Reports on dispensaries and lunatic asylums in the Province of Oudh - 1869-1876
Year: 1869
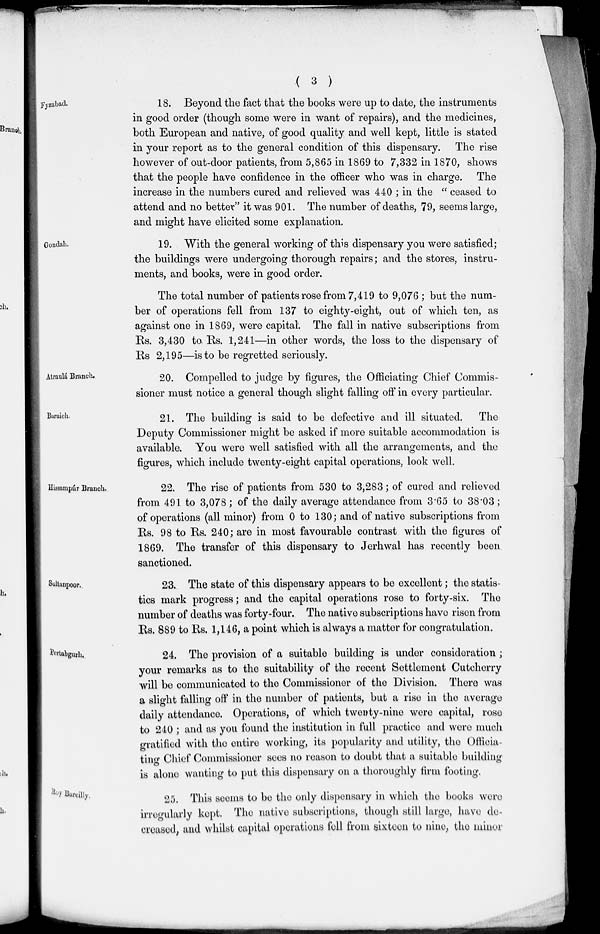
( 3 )
Fyzabad.
18. Beyond the fact that the books were up to date, the instruments
in good order (though some were in want of repairs), and the medicines,
both European and native, of good quality and well kept, little is stated
in your report as to the general condition of this dispensary. The rise
however of out-door patients, from 5,865 in 1869 to 7,332 in 1870, shows
that the people have confidence in the officer who was in charge. The
increase in the numbers cured and relieved was 440 ; in the " ceased to
attend and no better" it was 901. The number of deaths, 79, seems large,
and might have elicited some explanation.
Gondah.
19. With the general working of this dispensary you were satisfied;
the buildings were undergoing thorough repairs; and the stores, instru-
ments, and books, were in good order.
The total number of patients rose from 7,419 to 9,076; but the num-
ber of operations fell from 137 to eighty-eight, out of which ten, as
against one in 1869, were capital. The fall in native subscriptions from
Rs. 3,430 to, Rs. 1,241—in other words, the loss to the dispensary of
Rs 2,195—is to be regretted seriously.
Atraulá Branch.
20. Compelled to judge by figures, the Officiating Chief Commis-
sioner must notice a general though slight falling off in every particular.
Baraich.
21. The building is said to be defective and ill situated.
The
Deputy Commissioner might be asked if more suitable accommodation is
available. You were well satisfied with all the arrangements, and the
figures, which include twenty-eight capital operations, look well.
Hissampúr Branch.
22. The rise of patients from 530 to 3,283; of cured and relieved
from 491 to 3,078; of the daily average attendance from 3.65 to 38.03;
of operations (all minor) from 0 to 130; and of native subscriptions from
Rs. 98 to Rs. 240; are in most favourable contrast with the figures of
1869. The transfer of this dispensary to Jerhwal has recently been
sanctioned.
Sultanpoor.
23. The state of this dispensary appears to be excellent; the statis-
tics mark progress; and the capital operations rose to forty-six. The
number of deaths was forty-four. The native subscriptions have risen from
Rs. 889 to Rs. 1,146, a point which is always a matter for congratulation.
Pertabgurh.
24. The provision of a suitable building is under consideration ;
your remarks as to the suitability of the recent Settlement Cutcherry
will be communicated to the Commissioner of the Division. There was
a slight falling off in the number of patients, but a rise in the average
daily attendance. Operations, of which twenty-nine were capital, rose
to 240 ; and as you found the institution in full practice and were much
gratified with the entire working, its popularity and utility, the Officia-
ting Chief Commissioner sees no reason to doubt that a suitable building
is alone wanting to put this dispensary on a thoroughly firm footing.
Ray Bareilly.
25. This seems to be the only dispensary in which the books were
irregularly kept. The native subscriptions, though still large, have de-
creased, and whilst capital operations fell from sixteen to nine, the minor